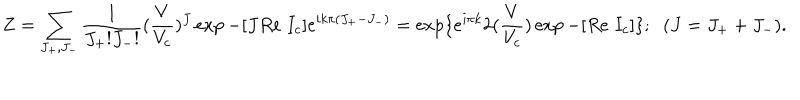
Z = \sum _ { J _ { + } , J _ { - } } \frac { 1 } { J _ { + } ! J _ { - } ! } ( \frac { V } { V _ { c } } ) ^ { J } \exp - [ J R e \; I _ { c } ] e ^ { i k \pi ( J _ { + } - J _ { - } ) } = \exp \{ e ^ { i \pi k } 2 ( \frac { V } { V _ { c } } ) \exp - [ R e \; I _ { c } ] \} ; \; \; ( J = J _ { + } + J _ { - } ) .